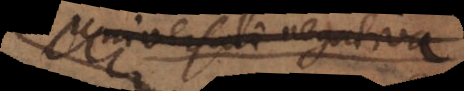
universalis negativa